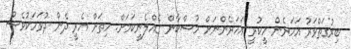
ބިރުގަތްވަރު އަހަރެން ހީކުރީ އަހަރެންނަށް މުސްކާން ގެއްލެނީކަމަށް. ހިތަށް އެރީ ދެން ދުވަހަކުވެސް